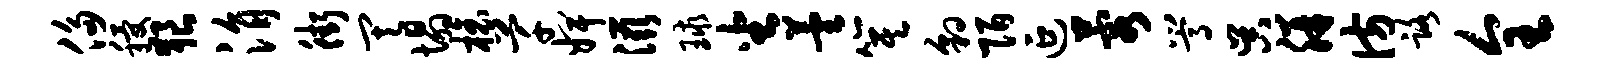
侈稷狼涓街其塌榱芊婢滋球坐芸箕豹陌延蓉嵩吴胼彷路全